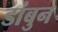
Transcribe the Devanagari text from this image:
डांबुन